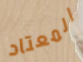
المعتاد